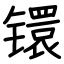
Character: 镮